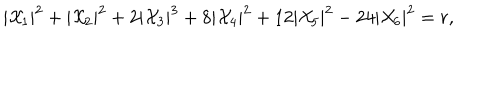
| { \cal X } _ { 1 } | ^ { 2 } + | { \cal X } _ { 2 } | ^ { 2 } + 2 | { \cal X } _ { 3 } | ^ { 3 } + 8 | { \cal X } _ { 4 } | ^ { 2 } + 1 2 | { \cal X } _ { 5 } | ^ { 2 } - 2 4 | { \cal X } _ { 6 } | ^ { 2 } = r ,